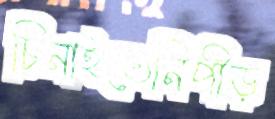
চিনাইতেনিপীড়